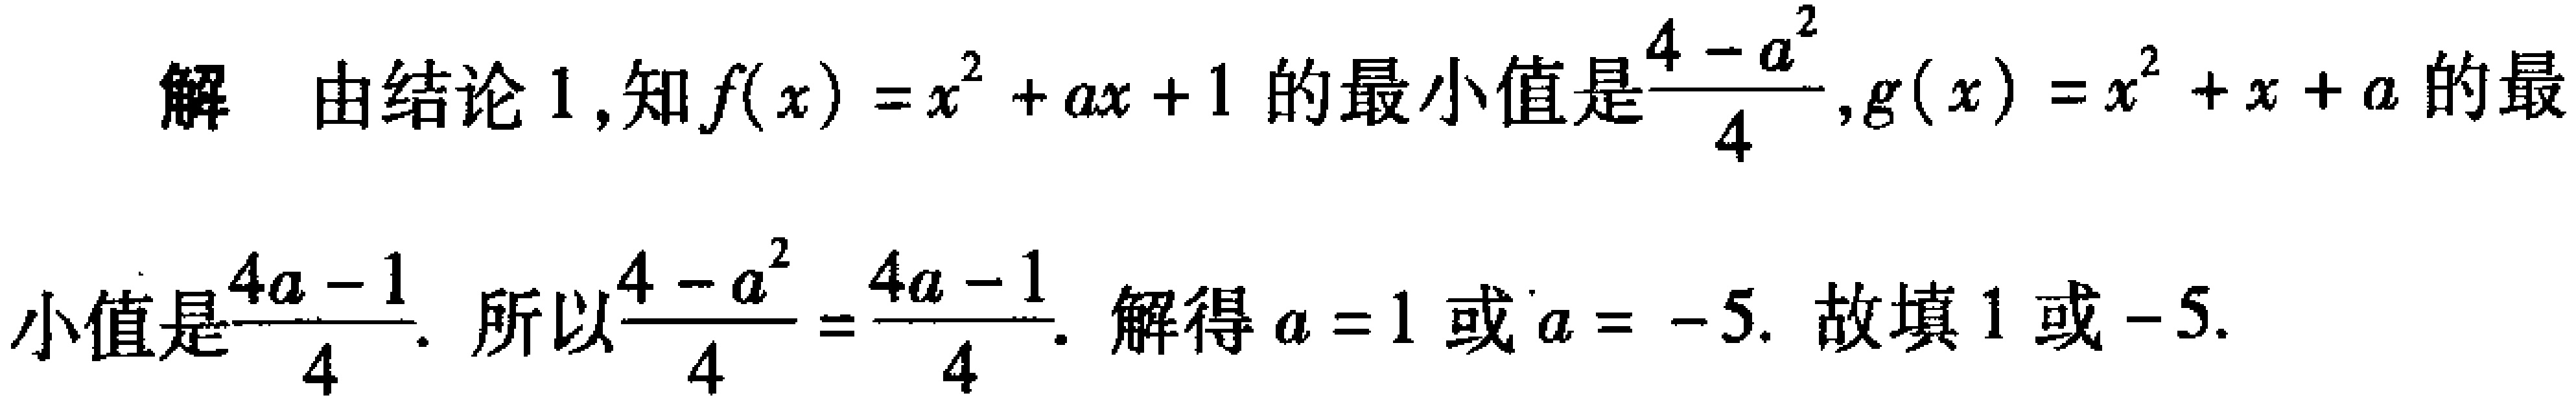
解 由结论 1,知\(f(x)=x^{2}+ax + 1\)的最小值是\(\frac{4 - a^{2}}{4}\),\(g(x)=x^{2}+x + a\)的最

小值是\(\frac{4a - 1}{4}\). 所以\(\frac{4 - a^{2}}{4}=\frac{4a - 1}{4}\). 解得\(a = 1\)或\(a = - 5\). 故填\(1\)或\(-5\).